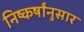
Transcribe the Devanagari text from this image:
निष्कर्षांनुसार